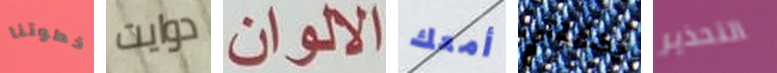
خطوتنا دوايت الالوان أمعك يضايقني التحذير